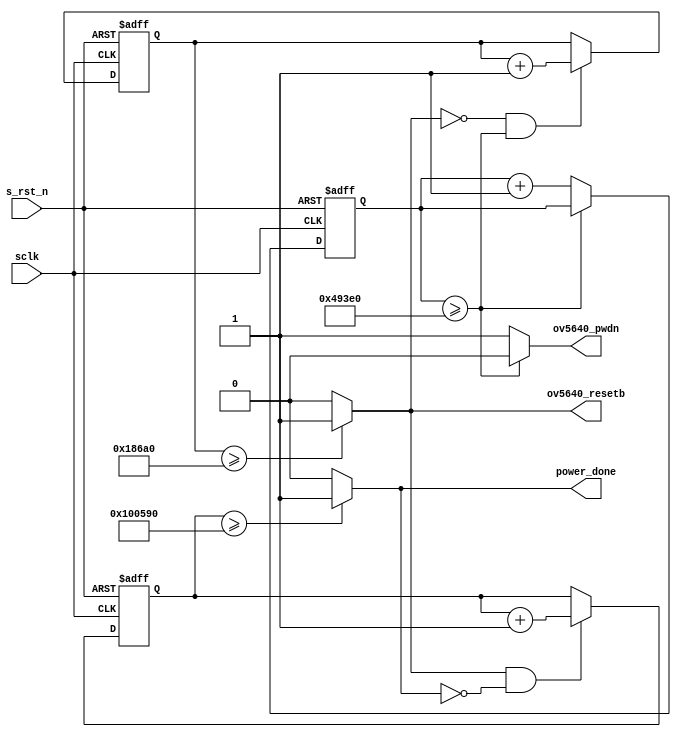
module power_ctrl (
	input				sclk,	//50MHz 20ns
	input				s_rst_n,
	output wire			ov5640_pwdn,
	output wire			ov5640_resetb,
	output wire			power_done
);

localparam DELAY_6MS = 30_0000;
localparam DELAY_2MS = 10_0000;
localparam DELAY_21MS = 105_0000;

reg [18:0] cnt_6ms;
reg [16:0] cnt_2ms;
reg [20:0] cnt_21ms;

always @(posedge sclk or negedge s_rst_n) begin
	if(s_rst_n == 1'b0)
		cnt_6ms <= 'd0;
	else if(ov5640_pwdn == 1'b1)
		cnt_6ms <= cnt_6ms + 1'b1;
end

always @(posedge sclk or negedge s_rst_n) begin
	if(s_rst_n == 1'b0)
		cnt_2ms <= 'd0;
	else if(ov5640_resetb == 1'b0 && ov5640_pwdn == 1'b0)
		cnt_2ms <= cnt_2ms + 1'b1;
end

always @(posedge sclk or negedge s_rst_n) begin
	if(s_rst_n == 1'b0)
		cnt_21ms <= 'd0;
	else if(ov5640_resetb == 1'b1 && power_done == 1'b0)
		cnt_21ms <= cnt_21ms + 1'b1;
end

assign power_done = (cnt_21ms >= DELAY_21MS) ? 1'b1 : 1'b0;
assign ov5640_resetb = (cnt_2ms >= DELAY_2MS) ? 1'b1 : 1'b0;
assign ov5640_pwdn = (cnt_6ms >= DELAY_6MS) ? 1'b0 : 1'b1;

endmodule